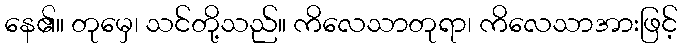
နေ၏။ တုမှေ၊ သင်တို့သည်။ ကိလေသာတုရာ၊ ကိလေသာအားဖြင့်